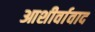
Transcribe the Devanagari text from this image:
आशीर्वावाद